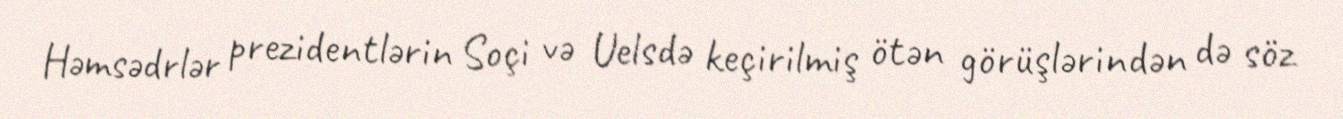
Həmsədrlər prezidentlərin Soçi və Uelsdə keçirilmiş ötən görüşlərindən də söz